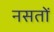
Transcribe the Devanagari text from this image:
नसतों